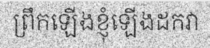
ព្រឹកឡើងខ្ញុំឡើងដកវា